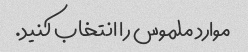
موارد ملموس را انتخاب کنید.